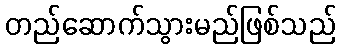
တည်ဆောက်သွားမည်ဖြစ်သည်